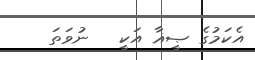
އެކަމުގެ ޞީޣާ އަކީ   ނުވަތަ